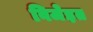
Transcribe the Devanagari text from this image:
विजेइत